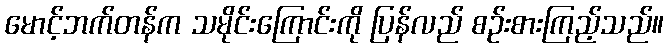
မောင့်ဘက်တန်က သမိုင်းကြောင်းကို ပြန်လည် စဉ်းစားကြည့်သည်။